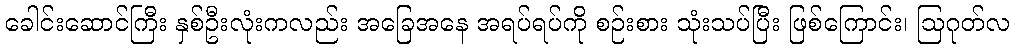
ခေါင်းဆောင်ကြီး နှစ်ဦးလုံးကလည်း အခြေအနေ အရပ်ရပ်ကို စဉ်းစား သုံးသပ်ပြီး ဖြစ်ကြောင်း၊ ဩဂုတ်လ